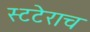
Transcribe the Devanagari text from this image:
स्टटेराच